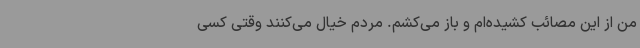
من از این مصائب کشیده‌ام و باز می‌کشم. مردم خیال می‌کنند وقتی کسی